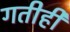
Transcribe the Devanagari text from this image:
गतीही